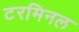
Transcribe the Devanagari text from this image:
टरमिनल